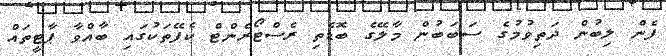
ފެން ލިބުން ދަތިވުމުގެ ސަބަބުން މާލޭގެ ބޮޑެތި ރެސްޓޯރެންޓް ކެފޭތަކުގައި ބާއްވާ ޕާޓީތައް